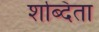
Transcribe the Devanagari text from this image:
शब्दिता